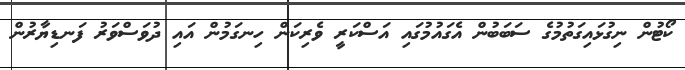
ކޯޓުން ނިގުޅައިގަތުމުގެ ސަބަބުން އެގައުމުގައި އަސްކަރީ ވެރިކަން ހިނގަމުން އައި ދުވަސްވަރު ފަނޑިޔާރުން